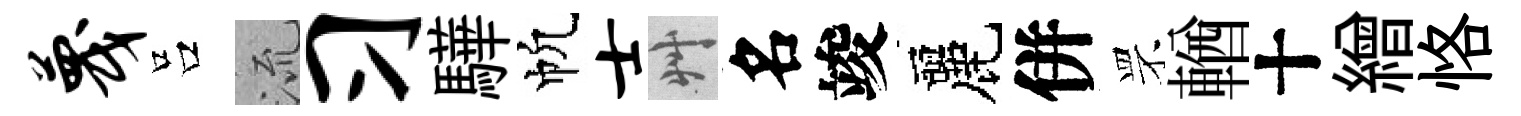
蔑吕𣴑习驊帆士艸名竣麗併罘輶十繒恪